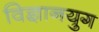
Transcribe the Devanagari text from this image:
विज्ञानयुग